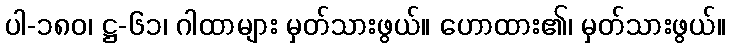
ပါ-၁၈၀၊ ဋ္ဌ-၆၁၊ ဂါထာများ မှတ်သားဖွယ်။ ဟောထား၏၊ မှတ်သားဖွယ်။